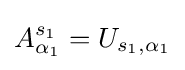
A_{\alpha _{1}}^{s_{1}}=U_{s_{1},\alpha _{1}}